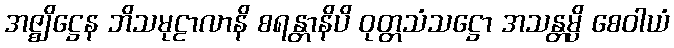
အဇ္ဈိဋ္ဌေန ဘိသမုဠာလာနိ စရန္တာနိပိ ဝုတ္တသံသဋ္ဌော အသန္တမ္ပိ စေဝါယံ